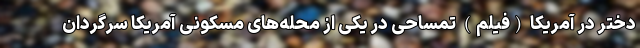
دختر در آمریکا (فیلم) تمساحی در یکی از محله‌های مسکونی آمریکا سرگردان